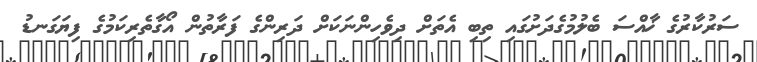
ސަރުކާރުގެ ޚާއްސަ ބެލުމުގެދަށުގައި ތިބި އެތަށް ދިވެހިންނަކަށް ދަރިންގެ ފަރާތުން އޯގާތެރިކަމުގެ ފިޔަގަނޑު